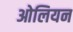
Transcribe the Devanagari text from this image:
ओलियन